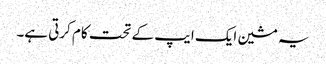
یہ مشین ایک ایپ کے تحت کام کرتی ہے۔